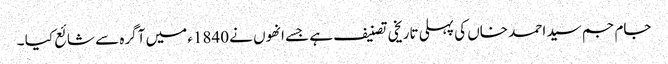
جام جم سید احمد خاں کی پہلی تاریخی تصنیف ہے جسے انھوں نے 1840ء میں آگرہ سے شائع کیا ۔